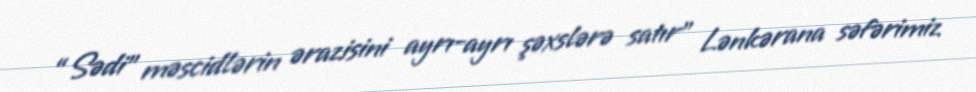
“Sədi” məscidlərin ərazisini ayrı-ayrı şəxslərə satır” Lənkərana səfərimiz